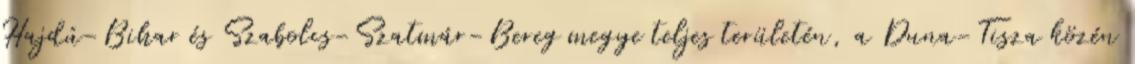
Hajdú-Bihar és Szabolcs-Szatmár-Bereg megye teljes területén, a Duna-Tisza közén